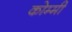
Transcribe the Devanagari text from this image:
कोम्मी